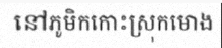
នៅភូមិកកោះស្រុកមោង